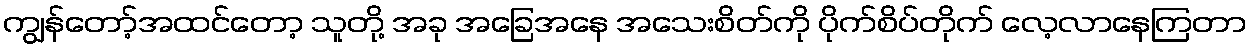
ကျွန်တော့်အထင်တော့ သူတို့ အခု အခြေအနေ အသေးစိတ်ကို ပိုက်စိပ်တိုက် လေ့လာနေကြတာ